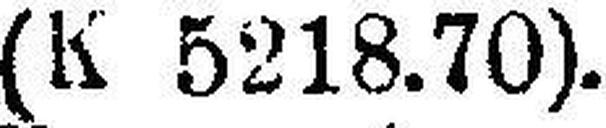
(K 5218.70).